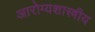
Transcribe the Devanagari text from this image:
आरोग्यशास्त्रीय